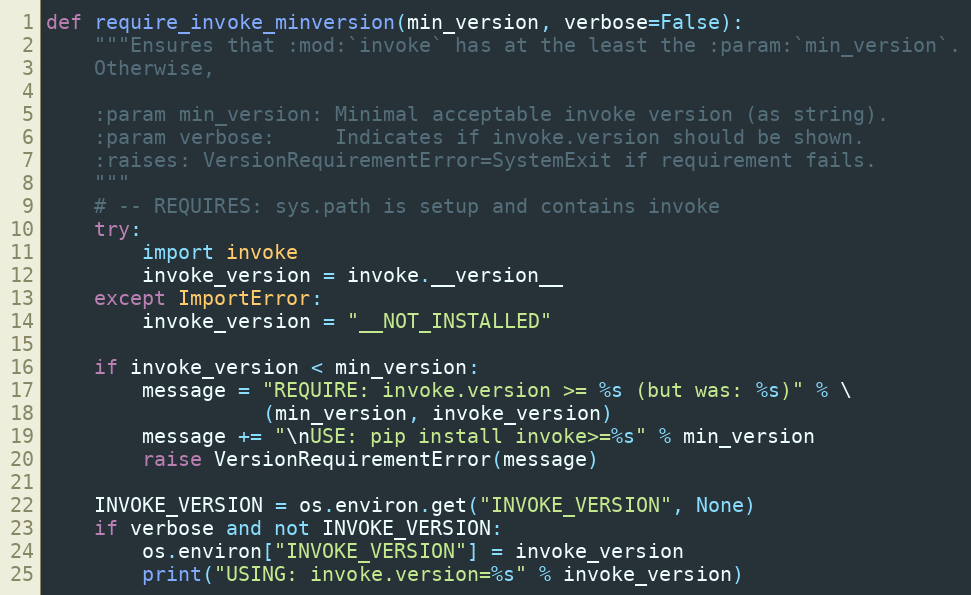
Language: Python
def require_invoke_minversion(min_version, verbose=False):
    """Ensures that :mod:`invoke` has at the least the :param:`min_version`.
    Otherwise,

    :param min_version: Minimal acceptable invoke version (as string).
    :param verbose:     Indicates if invoke.version should be shown.
    :raises: VersionRequirementError=SystemExit if requirement fails.
    """
    # -- REQUIRES: sys.path is setup and contains invoke
    try:
        import invoke
        invoke_version = invoke.__version__
    except ImportError:
        invoke_version = "__NOT_INSTALLED"

    if invoke_version < min_version:
        message = "REQUIRE: invoke.version >= %s (but was: %s)" % \
                  (min_version, invoke_version)
        message += "\nUSE: pip install invoke>=%s" % min_version
        raise VersionRequirementError(message)

    INVOKE_VERSION = os.environ.get("INVOKE_VERSION", None)
    if verbose and not INVOKE_VERSION:
        os.environ["INVOKE_VERSION"] = invoke_version
        print("USING: invoke.version=%s" % invoke_version)